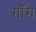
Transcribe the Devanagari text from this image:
गॉग